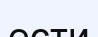
ести